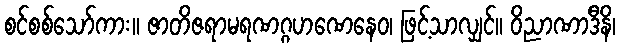
စင်စစ်သော်ကား။ ဇာတိဇရာမရဏဂ္ဂဟဏေနေဝ၊ ဖြင့်သာလျှင်။ ဝိညာဏာဒီနိ၊